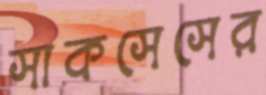
সাকসেসের